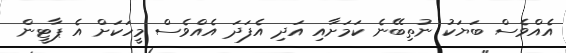
އެއްވެސް ބަޔަކު ނުތިބޭނެ ކަަމަށާއި އަދި އެފަދަ އެއްވެސް މީހަކަށް އެ ޕާޓީން